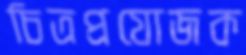
চিত্রপ্রযোজক